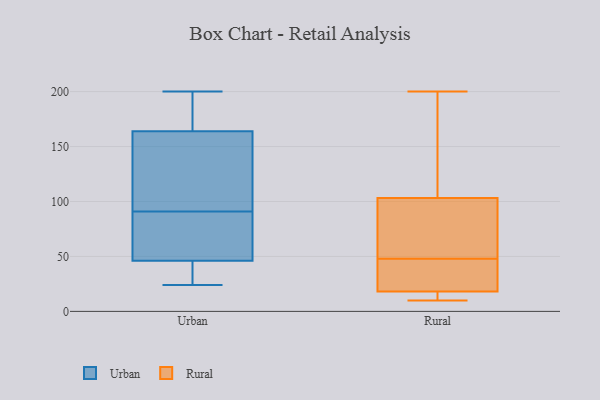
{"axis": {"x": "Backlog", "y": "Value"}, "legend": ["Rural", "Urban"], "data": [{"x": "", "y": 94, "type": "Urban"}, {"x": "", "y": 88, "type": "Urban"}, {"x": "", "y": 30, "type": "Urban"}, {"x": "", "y": 26, "type": "Urban"}, {"x": "", "y": 46, "type": "Urban"}, {"x": "", "y": 170, "type": "Urban"}, {"x": "", "y": 200, "type": "Urban"}, {"x": "", "y": 62, "type": "Urban"}, {"x": "", "y": 164, "type": "Urban"}, {"x": "", "y": 50, "type": "Urban"}, {"x": "", "y": 108, "type": "Urban"}, {"x": "", "y": 187, "type": "Urban"}, {"x": "", "y": 97, "type": "Urban"}, {"x": "", "y": 24, "type": "Urban"}, {"x": "", "y": 119, "type": "Rural"}, {"x": "", "y": 172, "type": "Rural"}, {"x": "", "y": 75, "type": "Rural"}, {"x": "", "y": 104, "type": "Rural"}, {"x": "", "y": 12, "type": "Rural"}, {"x": "", "y": 101, "type": "Rural"}, {"x": "", "y": 70, "type": "Rural"}, {"x": "", "y": 10, "type": "Rural"}, {"x": "", "y": 17, "type": "Rural"}, {"x": "", "y": 48, "type": "Rural"}, {"x": "", "y": 106, "type": "Rural"}, {"x": "", "y": 11, "type": "Rural"}, {"x": "", "y": 44, "type": "Rural"}, {"x": "", "y": 45, "type": "Rural"}, {"x": "", "y": 16, "type": "Rural"}, {"x": "", "y": 26, "type": "Rural"}, {"x": "", "y": 21, "type": "Rural"}, {"x": "", "y": 200, "type": "Rural"}, {"x": "", "y": 80, "type": "Rural"}]}